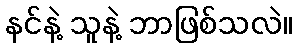
နင်နဲ့ သူနဲ့ ဘာဖြစ်သလဲ။